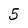
Character: 5